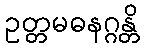
ဥတ္တမဓနဂ္ဂန္တိ